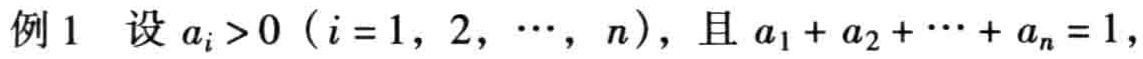
例 1 设 \(a_{i}>0\ (i = 1,2,\cdots,n)\)，且 \(a_{1}+a_{2}+\cdots +a_{n}=1\)